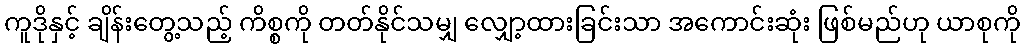
ကူဒိုနှင့် ချိန်းတွေ့သည့် ကိစ္စကို တတ်နိုင်သမျှ လျှော့ထားခြင်းသာ အကောင်းဆုံး ဖြစ်မည်ဟု ယာစုကို